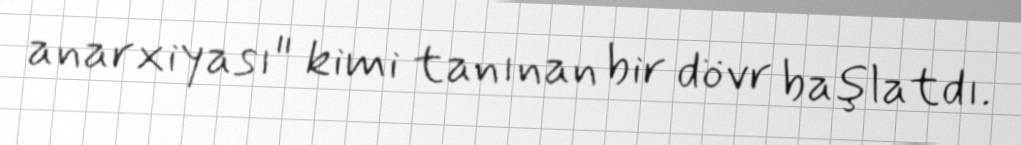
anarxiyası" kimi tanınan bir dövr başlatdı.